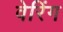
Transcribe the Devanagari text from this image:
वेरिंग